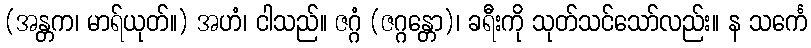
(အန္တက၊ မာရ်ယုတ်။) အဟံ၊ ငါသည်။ ဇဂ္ဂံ (ဇဂ္ဂန္တော)၊ ခရီးကို သုတ်သင်သော်လည်း။ န သင်္ကေ